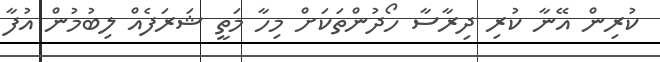
ކުރިން އޭނާ ކުރި ދިރާސާ ހޯދުންތަކަށް މިހާ މަތީ ޝަރަފެއް ލިބުމުން އުފާ